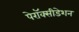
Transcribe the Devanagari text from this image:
पेरॉक्सीडेशन